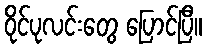
ဝိုင်ပုလင်းတွေ ပြောင်ပြီ။